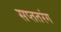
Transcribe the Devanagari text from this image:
सप्ततरंग